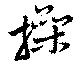
操